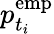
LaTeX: p_{t_{i}}^{\mathrm{emp}}